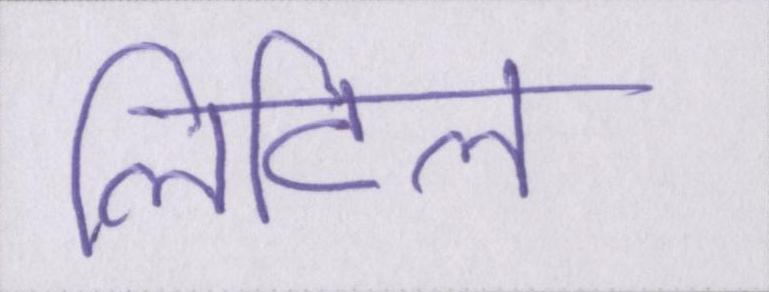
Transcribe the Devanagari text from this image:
लिटिल